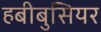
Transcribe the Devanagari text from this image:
हबीबुसियर